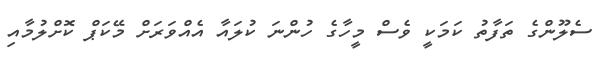
ސެލޫންގެ ތަފާތު ކަމަކީ ވެސް މީހާގެ ހުންނަ ކުލައާ އެއްވަރަށް މޭކަޕް ކޮށްލުމާއި